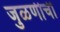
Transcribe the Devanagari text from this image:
जुळणीची